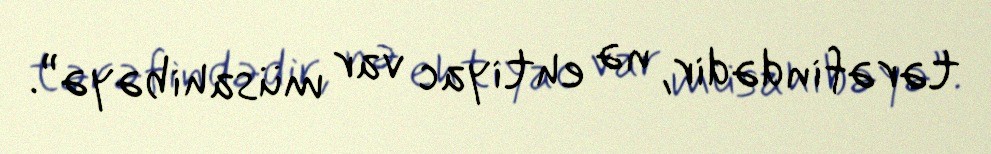
tərəfindədir, nə ehtiyac var müsahibəyə”.